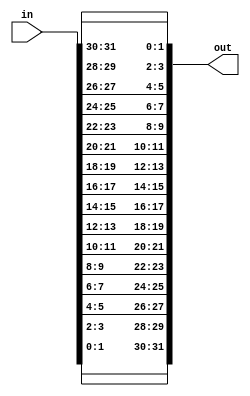
module Test_41 (
   out,
   in
   );
   input [31:0] in;
   output [31:0] out;
   genvar 	 i;
   generate
      for (i=0; i<16; i=i+1) begin : gblk
	 assign out[i*2+1:i*2] = in[(30-i*2)+1:(30-i*2)];
      end
   endgenerate
endmodule